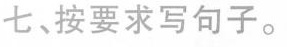
七、按要求写句子。